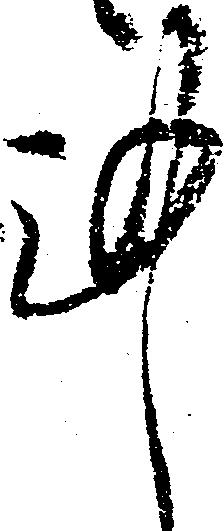
謹